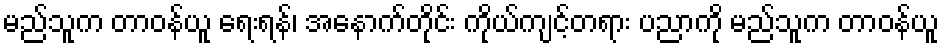
မည်သူက တာဝန်ယူ ရေးရန်၊ အနောက်တိုင်း ကိုယ်ကျင့်တရား ပညာကို မည်သူက တာဝန်ယူ